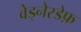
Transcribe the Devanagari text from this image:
वेड्नेस्डेफ़